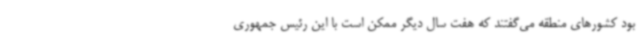
بود کشورهای منطقه می‌گفتند که هفت سال دیگر ممکن است با این رئیس جمهوری